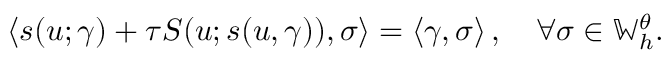
\left\langle s ( u ; \gamma ) + \tau S ( u ; s ( u , \gamma ) ) , \sigma \right\rangle = \left\langle \gamma , \sigma \right\rangle , \quad \forall \sigma \in \mathbb { W } _ { h } ^ { \theta } .